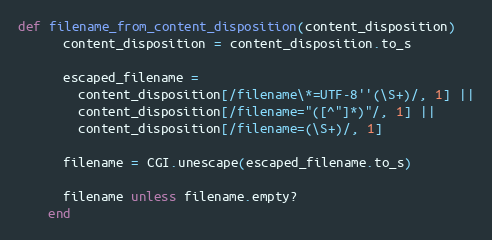
Language: Ruby
def filename_from_content_disposition(content_disposition)
      content_disposition = content_disposition.to_s

      escaped_filename =
        content_disposition[/filename\*=UTF-8''(\S+)/, 1] ||
        content_disposition[/filename="([^"]*)"/, 1] ||
        content_disposition[/filename=(\S+)/, 1]

      filename = CGI.unescape(escaped_filename.to_s)

      filename unless filename.empty?
    end